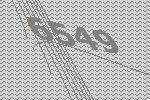
6549